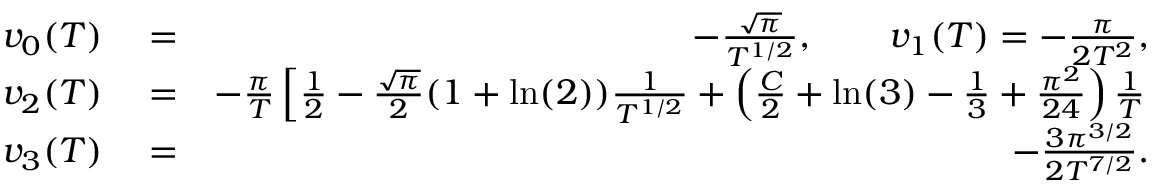
\begin{array} { r l r } { v _ { 0 } ( T ) } & { { } = } & { - \frac { \sqrt { \pi } } { T ^ { 1 / 2 } } , \qquad v _ { 1 } ( T ) = - \frac { \pi } { 2 T ^ { 2 } } , } \\ { v _ { 2 } ( T ) } & { { } = } & { - \frac { \pi } { T } \left[ \frac { 1 } { 2 } - \frac { \sqrt { \pi } } { 2 } ( 1 + \ln ( 2 ) ) \frac { 1 } { T ^ { 1 / 2 } } + \left( \frac { C } { 2 } + \ln ( 3 ) - \frac { 1 } { 3 } + \frac { \pi ^ { 2 } } { 2 4 } \right) \frac { 1 } { T } \right. } \\ { v _ { 3 } ( T ) } & { { } = } & { - \frac { 3 \pi ^ { 3 / 2 } } { 2 T ^ { 7 / 2 } } . } \end{array}